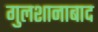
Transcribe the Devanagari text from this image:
गुलशानाबाद